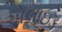
એલાઇડ